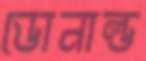
ডোনাল্ড